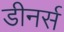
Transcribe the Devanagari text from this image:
डीनर्स